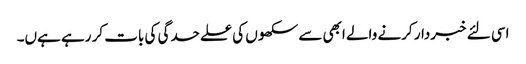
اسی لئے خبردار کرنے والے ابھی سے سکھوں کی علےحدگی کی بات کر رہے ہےں۔